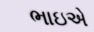
ભાઇએ